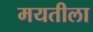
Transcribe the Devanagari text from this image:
मयतीला